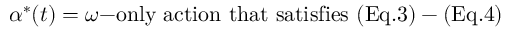
\alpha ^ { * } ( t ) = \omega { \mathrm { - o n l y ~ a c t i o n ~ t h a t ~ s a t i s f i e s ~ ( E q . 3 ) - ( E q . 4 ) } }